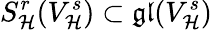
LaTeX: S_{\mathcal{H}}^{r}(V_{\mathcal{H}}^{s})\subset\mathfrak{{gl}}(V_{\mathcal{H}}^{s})